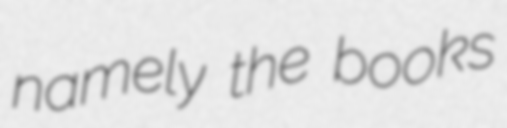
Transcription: namely the books